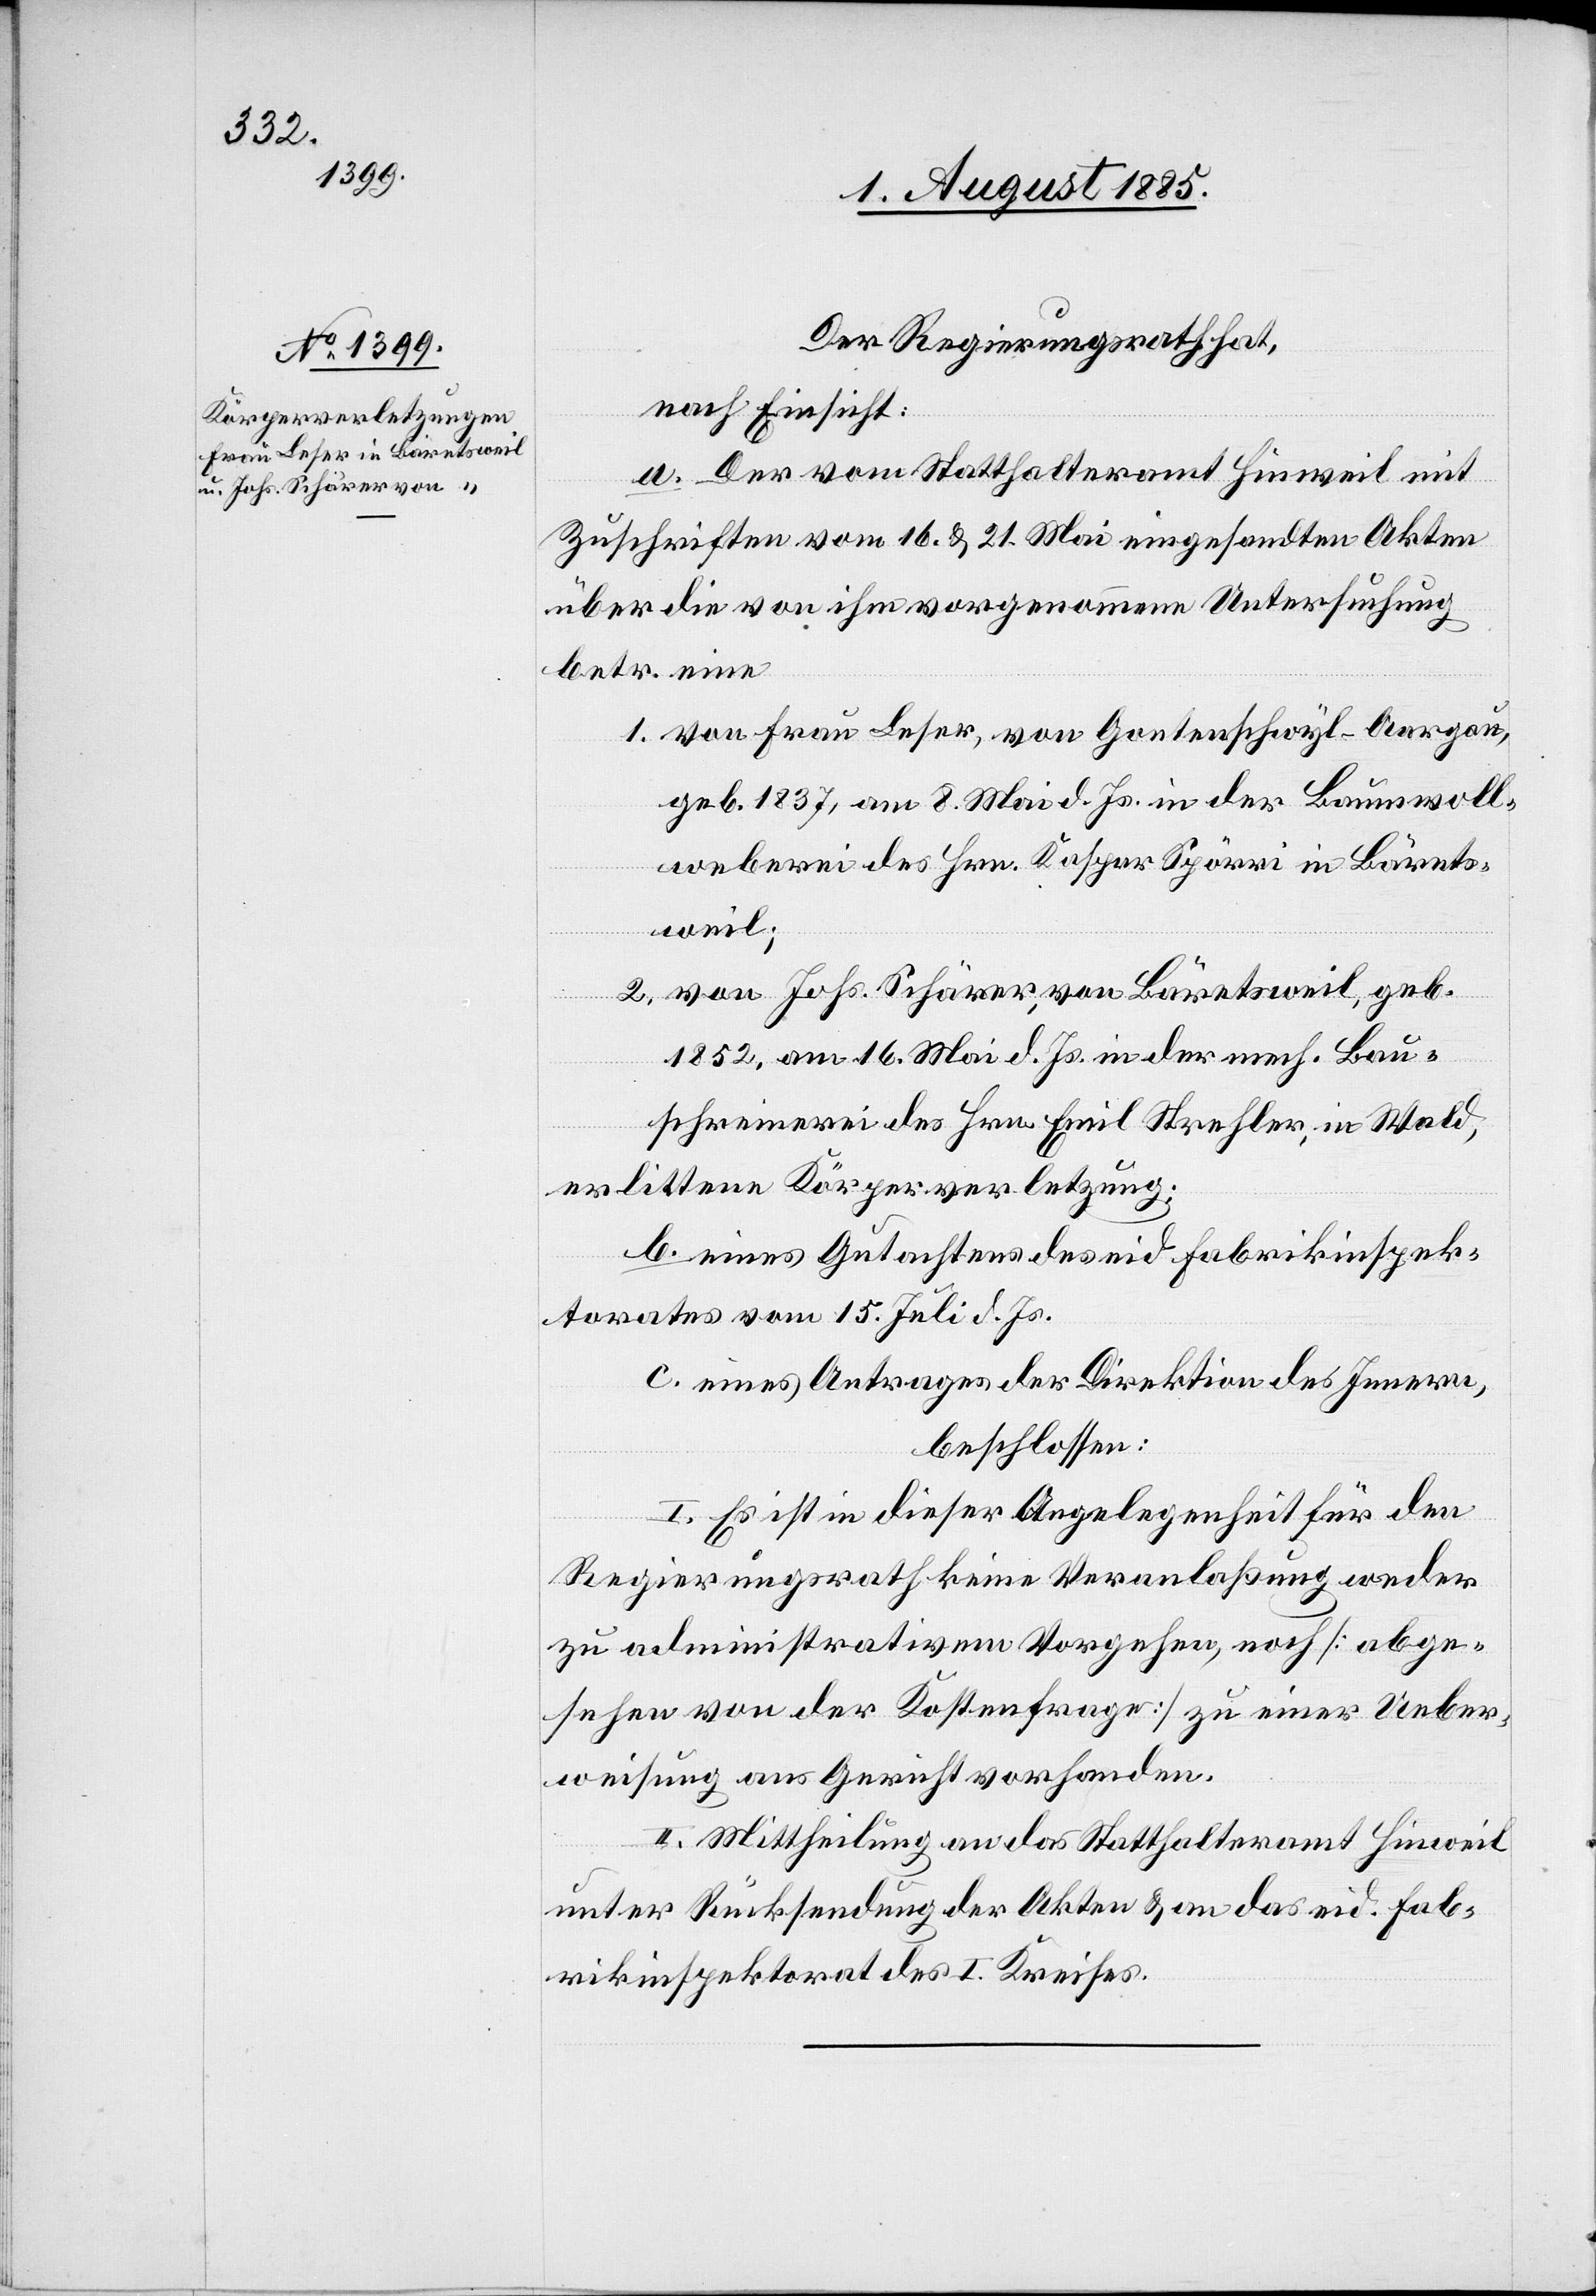
Der Regierungsrath hat,
nach Einsicht:
a. Der vom Statthalteramt Hinweil mit
Zuschriften vom 16. & 21. Mai eingesandten Akten
über die von ihm vorgenommene Untersuchung
betr. eine
1. Von Frau Leser, von Gontenschwyl - Aargau,
geb. 1837, am 8. Mai d. Js. in der Baumwoll¬
weberei des Hrn. Kaspar Spörri in Bärets¬
weil;
2. von Johs. Schärrer, von Bäretsweil, geb.
1852, am 16. Mai d. Js. in der mech. Bau¬
schreinerei des Hrn. Emil Strehler, in Wald,
erlittene Körperverletzung;
b. eines Gutachtens des eid. Fabrikinspek¬
torates vom 15. Juli d. Js.
c. eines Antrages der Direktion des Innern,
beschlossen:
I. Es ist in dieser Angelegenheit für den
Regierungsrath keine Veranlaßung weder
zu administrativem Vorgehen, noch [abge¬
sehen von der Kostenfrage] zu einer Ueber¬
weisung ans Gericht vorhanden.
II. Mittheilung an das Statthalteramt Hinweil
unter Rücksendung der Akten & an das eid. Fab¬
rikinspektorat des I. Kreises.